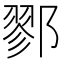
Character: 鄝